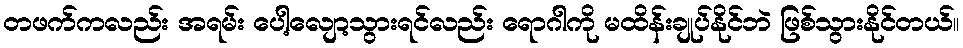
တဖက်ကလည်း အရမ်း ပေါ့လျော့သွားရင်လည်း ရောဂါကို မထိန်းချုပ်နိုင်ဘဲ ဖြစ်သွားနိုင်တယ်။